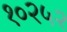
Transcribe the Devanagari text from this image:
१०२५२